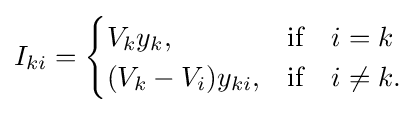
I_{ki}={\begin{cases}V_{k}{y_{k}},&{\mbox{if}}\quad i=k\\(V_{k}-V_{i})y_{ki},&{\mbox{if}}\quad i\neq k.\end{cases}}